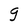
Character: g